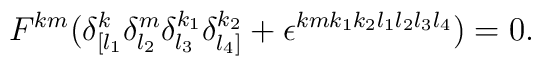
F^{km}(\delta^k_{[l_1}\delta^m_{l_2}\delta^{k_1}_{l_3}\delta^{k_2}_{l_4]}+\epsilon^{kmk_1k_2l_1l_2l_3l_4})=0.